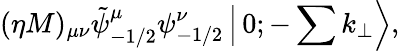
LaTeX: (\eta M)_{\mu\nu}\tilde{\psi}_{-1/2}^{\mu}\psi_{-1/2}^{\nu}\left|\, 0;-\sum k_{\perp}\right>,